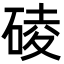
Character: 碐